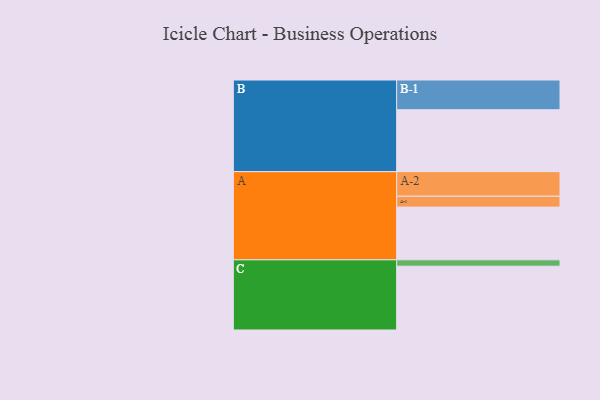
{"axis": {"x": "Segment", "y": "Value"}, "legend": ["", "A", "B", "C"], "data": [{"x": "A", "y": 489, "type": ""}, {"x": "B", "y": 574, "type": ""}, {"x": "C", "y": 592, "type": ""}, {"x": "A-1", "y": 101, "type": "A"}, {"x": "A-2", "y": 228, "type": "A"}, {"x": "B-1", "y": 276, "type": "B"}, {"x": "C-1", "y": 59, "type": "C"}]}